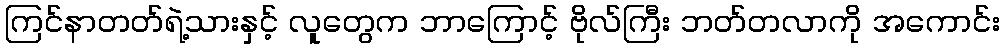
ကြင်နာတတ်ရဲ့သားနှင့် လူတွေက ဘာကြောင့် ဗိုလ်ကြီး ဘတ်တလာကို အကောင်း